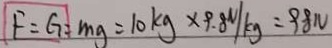
F = G = m g = 1 0 k g \times 9 . 8 ^ { N } / k g = 9 8 N